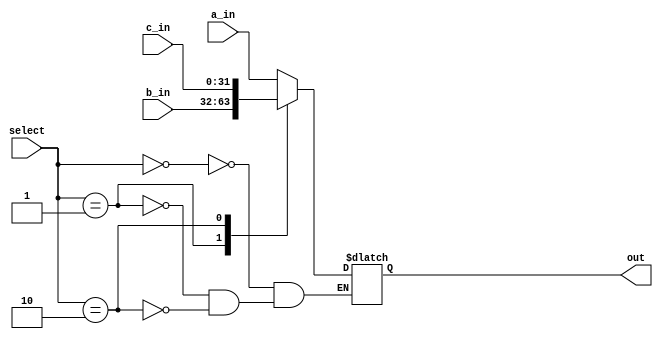
`timescale 1ns / 1ps
//////////////////////////////////////////////////////////////////////////////////
// Company: 
// Engineer: 
// 
// Design Name: 
// Module Name: mux3to1
// Project Name: 
// Target Devices: 
// Tool Versions: 
// Description: 
// 
// Dependencies: 
// 
// Revision:
// Revision 0.01 - File Created
// Additional Comments:
// 
//////////////////////////////////////////////////////////////////////////////////


module Mux3to1(a_in, b_in, c_in, select, out);
input [31:0] a_in;
input [31:0] b_in;
input [31:0] c_in;
input [1:0] select;
output reg [31:0] out;

always@(a_in, b_in, c_in, select)
case(select)
    2'b00: out = a_in;
    2'b01: out = b_in;
    2'b10: out = c_in;
    endcase

endmodule